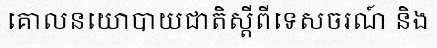
គោលនយោបាយជាតិស្តីពីទេសចរណ៍ និង